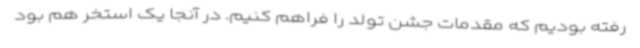
رفته بودیم که مقدمات جشن تولد را فراهم کنیم. در آنجا یک استخر هم بود